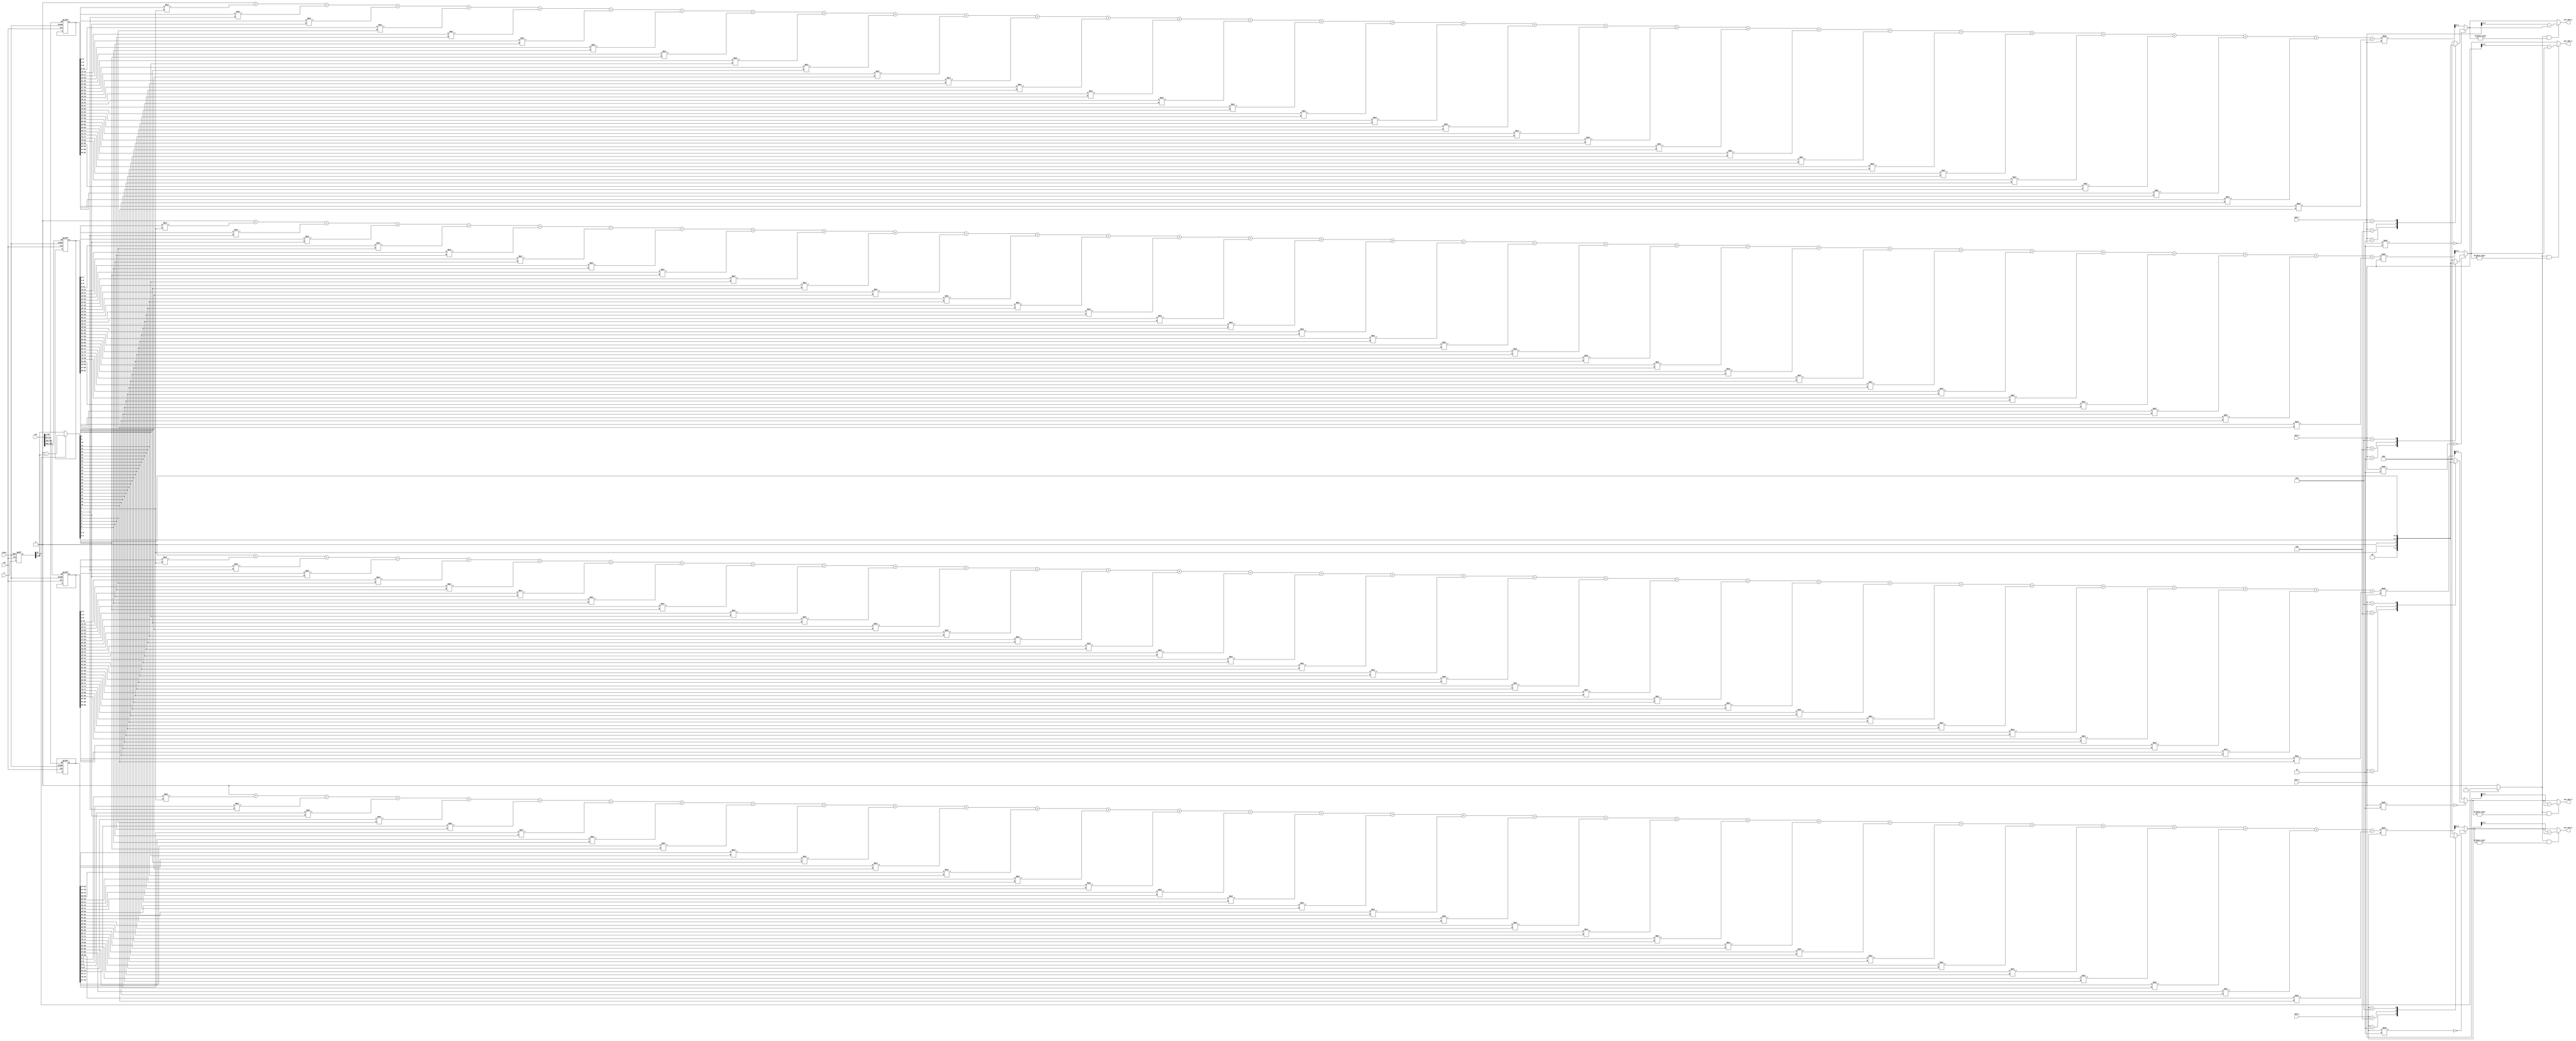
`timescale 1ns / 1ps
//////////////////////////////////////////////////////////////////////////////////
// Design Name: Binary to RNS converter
// Module Name: BIN2RNS_LUT_3
// Project Name: RNS
//////////////////////////////////////////////////////////////////////////////////

module BIN2RNS_LUT_3(
    clk, reset, n, mod_1, mod_2, mod_3, mod_4,
    LUT,
    out_mod_1, out_mod_2, out_mod_3, out_mod_4
    );
    //Bitsize of number
    parameter WIDTH = 32;
    //Largest representable number+1
    parameter MAX = 2**WIDTH;
    //Bitsize of residues
    parameter MOD_SIZE = 3;
    //Bitsize of temporary residue sum registers
    parameter TEMP_RES_SIZE = 10;
    //Number of moduli
    parameter N_MOD = 4;
    
    //inputs clock and number whose residue is to  be found
    input clk, reset; 
    input [MOD_SIZE * WIDTH * N_MOD - 1:0] LUT;
    input [MOD_SIZE:0] mod_1, mod_2, mod_3, mod_4;
    input [WIDTH - 1:0] n;
    
    //flattened array to load LUT values from LUT modules
    reg [MOD_SIZE * WIDTH - 1:0] res_coeff_wire [3:0];
    
    //outputs #1, #2, #3, #4
    output reg [MOD_SIZE - 1:0] out_mod_1, out_mod_2, out_mod_3, out_mod_4;
    
    reg [WIDTH - 1:0] number, num, j;
    reg [N_MOD - 1:0] en;
    //temporary registers to hold reduced residue values
    reg [TEMP_RES_SIZE - 1:0] res_1, res_2, res_3, res_4;
    
    //temporary registers
    reg [MOD_SIZE-1:0] res_coeff_1, res_coeff_2, res_coeff_3, res_coeff_4;

     //find reduced residues 
     always @(posedge clk or posedge reset) begin
        if(reset!=0)begin
            number <= 0;
            res_1 <= 0;
            res_2 <= 0;
            res_3 <= 0;
            res_4 <= 0;
            for(en=0; en<N_MOD; en=en+1) begin
                res_coeff_wire[en] = LUT[MOD_SIZE*WIDTH*en +: MOD_SIZE*WIDTH];
            end
        end
        else begin
            number <= n;
        end
    end    
    
    //check if number is positive or negative
    //if negative take 2's complement of number to find the equivalent positive number 
    //and use num[9] as flag
    always @(number)begin
        num = number;
        if(num[WIDTH-1]==1) begin
            num = MAX - num;
            num[WIDTH-1] = 1;
        end
    end
    
    //find mod of first value
    always @(num)begin
        if(mod_1%2==0)begin
            case(mod_1)
                10'b0000000010: out_mod_1 = num[0];
                10'b0000000100: out_mod_1 = num[1:0];
                10'b0000001000: out_mod_1 = num[2:0];
                10'b0000010000: out_mod_1 = num[3:0];
                10'b0000100000: out_mod_1 = num[4:0];
                10'b0001000000: out_mod_1 = num[5:0];
                10'b0010000000: out_mod_1 = num[6:0];
                10'b0100000000: out_mod_1 = num[7:0];
                10'b1000000000: out_mod_1 = num[8:0];
                default: out_mod_1 = 0;
            endcase
        end
        else begin
            //calculate residue from LUT 
            res_1 = 0;
            for(j = 0; j<WIDTH-1; j=j+1)begin
//                    num <= num + res_coeff_wire_1[MOD_SIZE*j +: MOD_SIZE]*num[j];
                res_coeff_1 = res_coeff_wire[0][MOD_SIZE*j +: MOD_SIZE];
                res_1 = res_1 + res_coeff_1*num[j];
                $display("mod 8 residues: %d", res_coeff_1);
                $display("reduced residue 8 values: %d", res_1);
            end
                
            out_mod_1 = res_1%mod_1;
        end
        //if number is negative and out_mod_1 value found is non-zero, 
        //find the mod value for the absolute value of the number
        if (num[WIDTH-1]==1 && out_mod_1!=0) begin
            out_mod_1 = mod_1 - out_mod_1;
        end
    end
    
    //find second mod value
    always @(num)begin
        if(mod_2%2==0)begin
            case(mod_2)
                10'b0000000010: out_mod_2 = num[0];
                10'b0000000100: out_mod_2 = num[1:0];
                10'b0000001000: out_mod_2 = num[2:0];
                10'b0000010000: out_mod_2 = num[3:0];
                10'b0000100000: out_mod_2 = num[4:0];
                10'b0001000000: out_mod_2 = num[5:0];
                10'b0010000000: out_mod_2 = num[6:0];
                10'b0100000000: out_mod_2 = num[7:0];
                10'b1000000000: out_mod_2 = num[8:0];
                default: out_mod_2 = 0;
            endcase
        end
        else begin
            res_2 = 0;
            for(j = 0; j<WIDTH-1; j=j+1)begin
//                    num <= num + res_coeff_wire_2[MOD_SIZE*j +: MOD_SIZE]*num[j];
                res_coeff_2 = res_coeff_wire[1][MOD_SIZE*j +: MOD_SIZE];
                res_2 = res_2 + res_coeff_2*num[j];
                $display("mod 7 residues: %d", res_coeff_2);
                $display("reduced residue 7 values: %d", res_2);
            end
            
            out_mod_2 = res_2%mod_2;
        end
        
        if (num[WIDTH-1]==1 && out_mod_2!=0) begin
            out_mod_2 = mod_2 - out_mod_2;
        end
    end
    
    //find third mod value
    always @(num)begin
        if(mod_3%2==0)begin
            case(mod_3)
                10'b0000000010: out_mod_3 = num[0];
                10'b0000000100: out_mod_3 = num[1:0];
                10'b0000001000: out_mod_3 = num[2:0];
                10'b0000010000: out_mod_3 = num[3:0];
                10'b0000100000: out_mod_3 = num[4:0];
                10'b0001000000: out_mod_3 = num[5:0];
                10'b0010000000: out_mod_3 = num[6:0];
                10'b0100000000: out_mod_3 = num[7:0];
                10'b1000000000: out_mod_3 = num[8:0];
                default: out_mod_3 = 0;
            endcase
        end
        else begin
            res_3 = 0;
            for(j = 0; j<WIDTH-1; j=j+1)begin
//                num <= num + res_coeff_wire_3[MOD_SIZE*j +: MOD_SIZE]*num[j];
                res_coeff_3 = res_coeff_wire[2][MOD_SIZE*j +: MOD_SIZE];
                res_3 = res_3 + res_coeff_3*num[j];
                $display("mod 5 residues: %d", res_coeff_3);
                $display("reduced residue 5 values: %d", res_3);
            end
        
            out_mod_3 = res_3%mod_3;
        end
        if (num[WIDTH-1]==1 && out_mod_3!=0) begin
            out_mod_3 = mod_3 - out_mod_3;
        end
    end
    
    //find fourth mod value
    always @(num)begin
        if(mod_4%2==0)begin
            case(mod_4)
                10'b0000000010: out_mod_4 = num[0];
                10'b0000000100: out_mod_4 = num[1:0];
                10'b0000001000: out_mod_4 = num[2:0];
                10'b0000010000: out_mod_4 = num[3:0];
                10'b0000100000: out_mod_4 = num[4:0];
                10'b0001000000: out_mod_4 = num[5:0];
                10'b0010000000: out_mod_4 = num[6:0];
                10'b0100000000: out_mod_4 = num[7:0];
                10'b1000000000: out_mod_4 = num[8:0];
                default: out_mod_4 = 0;
            endcase
        end
        else begin
            res_4 = 0;
            for(j = 0; j<WIDTH-1; j=j+1)begin
//                    num <= num + res_coeff_wire_4[MOD_SIZE*j +: MOD_SIZE]*num[j];
                res_coeff_4 = res_coeff_wire[3][MOD_SIZE*j +: MOD_SIZE];
                res_4 = res_4 + res_coeff_4*num[j];
                $display("mod 3 residues: %d", res_coeff_3);
                $display("reduced residue 3 values: %d", res_4);
            end
            
            out_mod_4 = res_4%mod_4;
        end
        if (num[WIDTH-1]==1 && out_mod_4!=0) begin
            out_mod_4 = mod_4 - out_mod_4;
        end
    end
    
endmodule